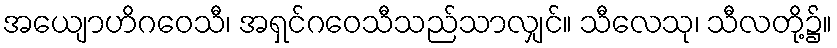
အယျောဟိဂဝေသီ၊ အရှင်ဂဝေသီသည်သာလျှင်။ သီလေသု၊ သီလတို့၌။